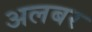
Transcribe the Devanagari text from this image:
अलबर